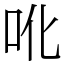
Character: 吪